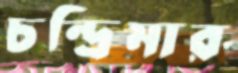
চন্দ্রিমার